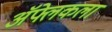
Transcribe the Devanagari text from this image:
ॲफ्लेकला